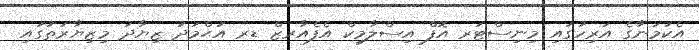
އެކަމަނާގެ އަރިހުގައި މިނިސްޓަރ އޮފް އިސްލާމިކް އެފެއާރޒް ޑރ އަޙްމަދު ޒިޔާދު މިޒިޔާރަތުގައި